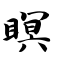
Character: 瞑